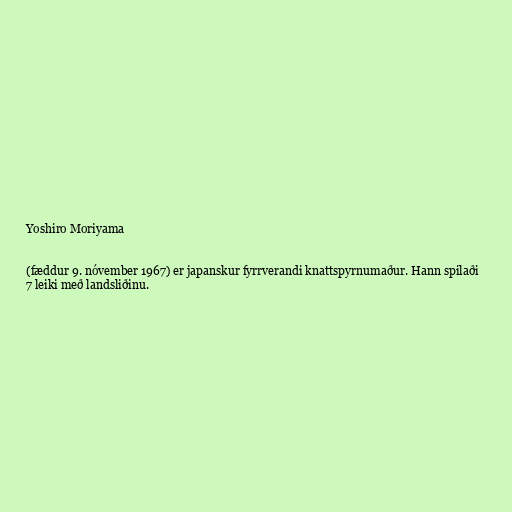
Yoshiro Moriyama

(fæddur 9. nóvember 1967) er japanskur fyrrverandi knattspyrnumaður. Hann spilaði
7 leiki með landsliðinu.